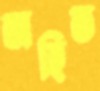
অহিত